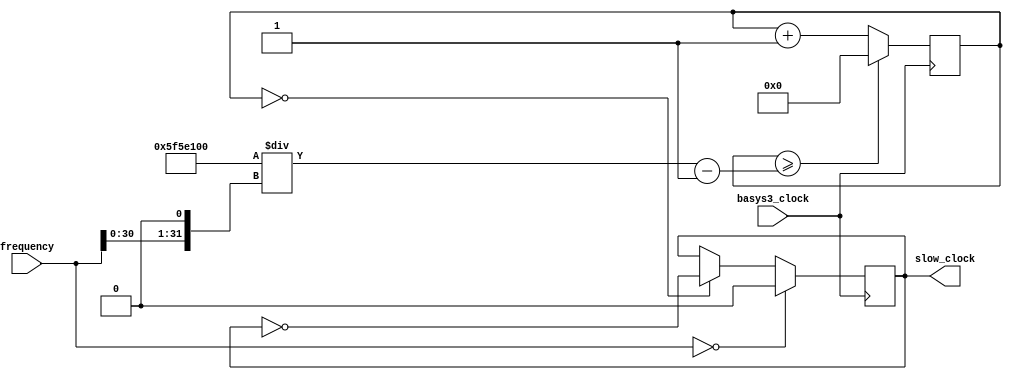
`timescale 1ns / 1ps
//////////////////////////////////////////////////////////////////////////////////
// Company: 
// Engineer: 
// 
// Design Name: 
// Module Name: fft_clk_divider
// Project Name: 
// Target Devices: 
// Tool Versions: 
// Description: 
// 
// Dependencies: 
// 
// Revision:
// Revision 0.01 - File Created
// Additional Comments:
// 
//////////////////////////////////////////////////////////////////////////////////



module fft_clock_divider(
        input basys3_clock,
        input [31:0] frequency,
        output reg slow_clock = 0
        );
        
        reg [31:0] count = 0;
        wire [31:0] divisor;
        
        assign divisor = (100_000_000 / (frequency << 1)) - 1;
        
        always @ (posedge basys3_clock) begin
            count <= (count >= divisor) ? 0 : count + 1;
            slow_clock <= (frequency == 0)? 0 : (count == 0) ? ~slow_clock : slow_clock;
        end
endmodule